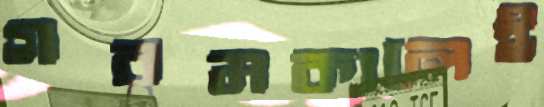
গরমকালেই